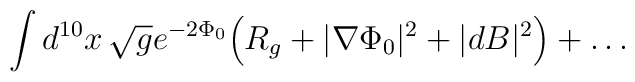
\int d^{10}x\,\sqrt{g}e^{-2\Phi_0}\Bigl(R_g + |\nabla\Phi_0|^2 +  |dB|^2\Bigr) +\ldots